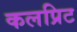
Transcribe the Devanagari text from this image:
कलप्रिट